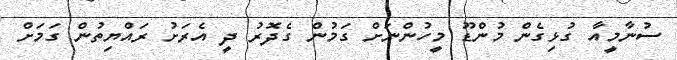
ސުނާމީއާ ގުޅިގެން މުންޑޫ މީހުންނަށް ގަމުން ގެދޮރު ދީ އެރަށު ރައްޔިތުން ގަމަށް